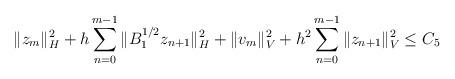
LaTeX: \begin{align*}\|z_{m}\|_{H}^2 + h\sum_{n=0}^{m-1}\|B_{1}^{1/2}z_{n+1}\|_{H}^2 + \|v_{m}\|_{V}^2 + h^2\sum_{n=0}^{m-1}\|z_{n+1}\|_{V}^2 \leq C_{5} \end{align*}